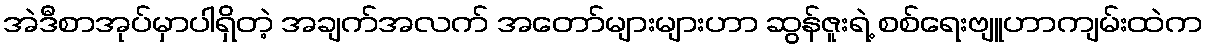
အဲဒီစာအုပ်မှာပါရှိတဲ့ အချက်အလက် အတော်များများဟာ ဆွန်ဇူးရဲ့ စစ်ရေးဗျူဟာကျမ်းထဲက